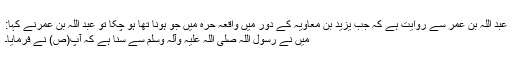
عبد اللہ بن عمر سے روایت ہے کہ جب یزید بن معاویہ کے دور میں واقعہ حرہ میں جو ہونا تھا ہو چکا تو عبد اللہ بن عمرنے کہا:
میں نے رسول اللہ صلی اللہ علیہ وآلہ وسلم سے سنا ہے کہ آپ(ص) نے فرمایا۔